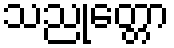
သညုတ္တော